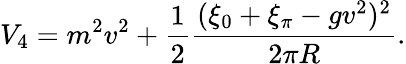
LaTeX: V_{4}=m^{2}v^{2}+{\frac{1}{2}}{\frac{(\xi_{0}+\xi_{\pi}-gv^{2})^{2}}{2\pi R}}.